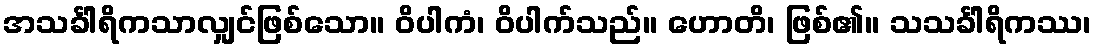
အသင်္ခါရိကသာလျှင်ဖြစ်သော။ ဝိပါကံ၊ ဝိပါက်သည်။ ဟောတိ၊ ဖြစ်၏။ သသင်္ခါရိကဿ၊